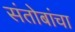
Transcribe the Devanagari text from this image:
संतोबांचा